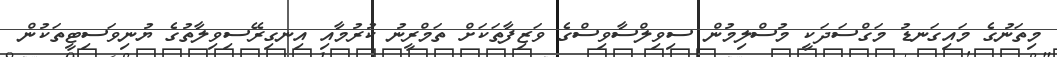
މިތަނުގެ މައިގަނޑު މަގްސަދަކީ މުސްލިމުން ސިވިލްސާވިސްގެ ވަޒިފާތަކަށް ތަމްރީނު ކުރުމާއި އިނގިރޭސިވިލާތުގެ ޔުނިވަސިޓީތަކުން